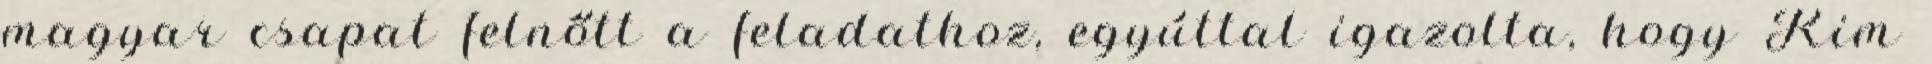
magyar csapat felnőtt a feladathoz, egyúttal igazolta, hogy Kim